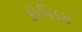
કોમિકસ